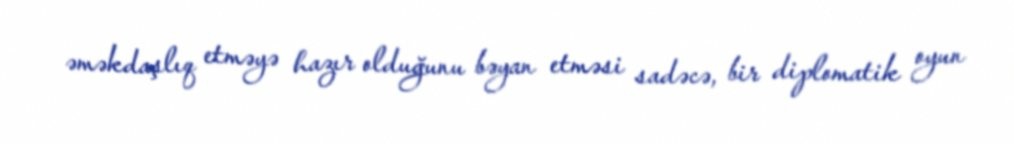
əməkdaşlıq etməyə hazır olduğunu bəyan etməsi sadəcə, bir diplomatik oyun